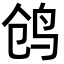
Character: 鸧